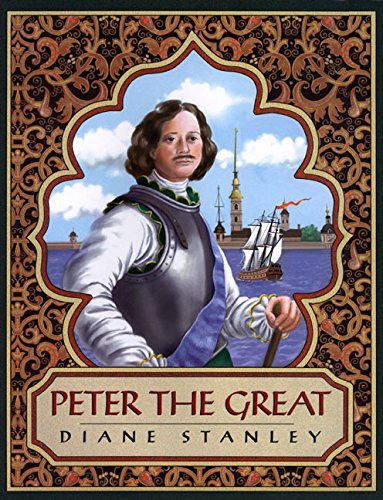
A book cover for Peter the Great; Diane Stanley; Children's Books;